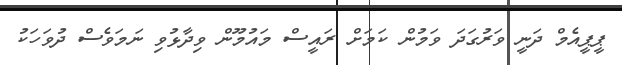
ޕީޕީއެމް ދަނީ ވަރުގަދަ ވަމުން ކަމަށް ރައީސް މައުމޫން ވިދާޅުވި ނަމަވެސް ދުވަހަކު